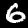
Digit: 6